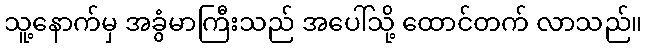
သူ့နောက်မှ အခွံမာကြီးသည် အပေါ်သို့ ထောင်တက် လာသည်။